Leaving Certificate Examination, 1902
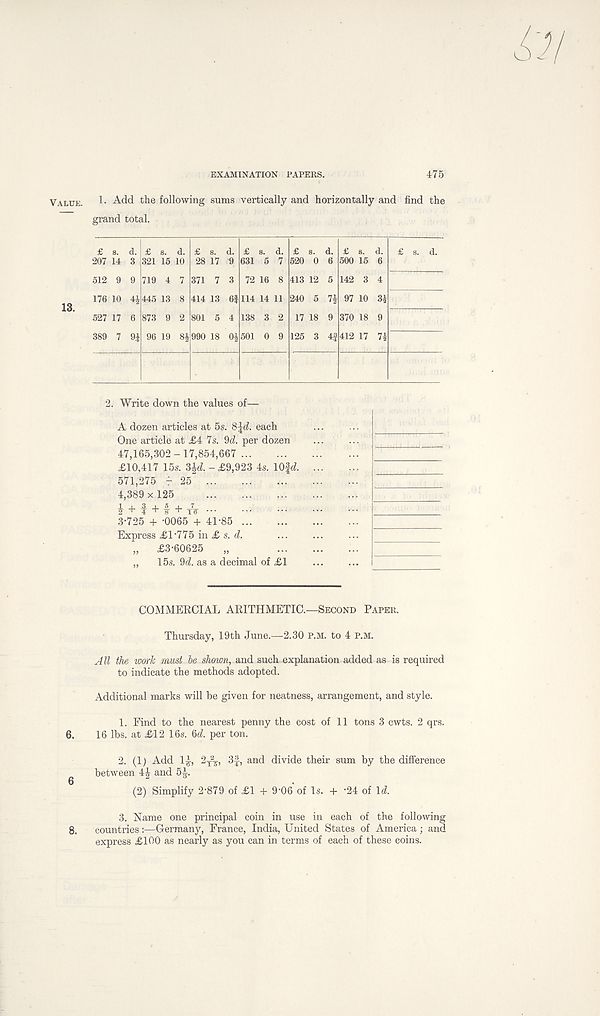
EXAMINATION PAPERS.
475
Value. 1- Add the following sums vertically and horizontally and find the
grand total.
2. Write down the values of—
A dozen articles at 5s. S^d. each
One article at £i 7s. 9d. per dozen
47,165,302-17,854,667
£10,417 15s. 3j}d. - £9,923 4s. lOfd.
571,275 - 25
4,389 x 125
i + I + f + xV
...
3-725 + -0065 + 41-85
Express £1-775 in £ s. d.
„ £3-60625 „
„ 15s. 9d. as a decimal of £1
COMMERCIAL ARITHMETIC.—Second Paper.
Thursday, 19th June.—2.30 P.M. to 4 p.m.
All the work must be shown, and such explanation added as is required
to indicate the methods adopted.
Additional marks will be given for neatness, arrangement, and style.
1. Find to the nearest penny the cost of 11 tons 3 cwts. 2 qrs.
6. 16 lbs. at £12 16s. 3d. per ton.
2. (1; Add 1|, 2—, 3f, and divide their sum by the difference
between 4J and 51, -.
(2) Simplify 2-879 of £1 + 9-06 of Is. + -24 of Id.
3. Name one principal coin in use in each of the following
8. countries:—Germany, France, India, United States of America; and
express £100 as nearly as you can in terms of each of these coins.